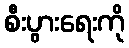
စီးပွားရေးကို